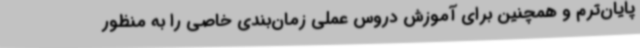
پایان‌ترم و همچنین برای آموزش دروس عملی زمان‌بندی خاصی را به منظور